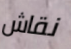
نقاش